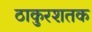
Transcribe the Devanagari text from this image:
ठाकुरशतक